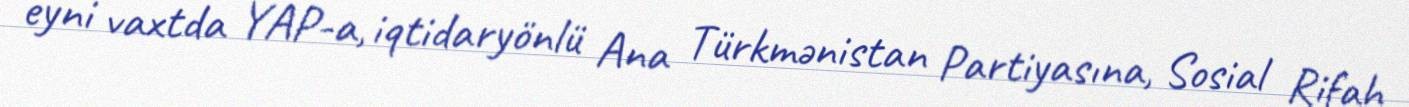
eyni vaxtda YAP-a, iqtidaryönlü Ana Türkmənistan Partiyasına, Sosial Rifah